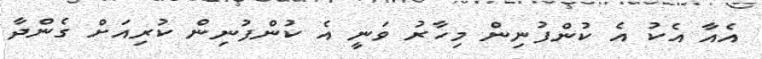
އެއާ އެކު އެ ކުންފުނިން މިހާރު ވަނީ އެ ކުންފުނިން ކުރިއަށް ގެންދާ